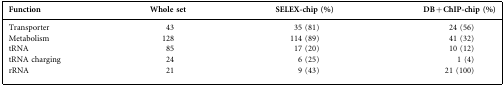
<table><thead><tr><td><b>Function</b></td><td><b>Whole set</b></td><td><b>SELEX-chip (%)</b></td><td><b>DB+ChIP-chip (%)</b></td></tr></thead><tbody><tr><td>Transporter</td><td>43</td><td>35 (81)</td><td>24 (56)</td></tr><tr><td>Metabolism</td><td>128</td><td>114 (89)</td><td>41 (32)</td></tr><tr><td>tRNA</td><td>85</td><td>17 (20)</td><td>10 (12)</td></tr><tr><td>tRNA charging</td><td>24</td><td>6 (25)</td><td>1 (4)</td></tr><tr><td>rRNA</td><td>21</td><td>9 (43)</td><td>21 (100)</td></tr></tbody></table>